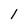
Character: 1